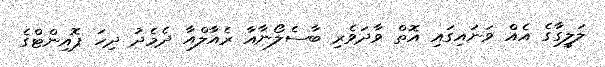
ލަލީގާގެ އެއް ވަނައިގައި އޮތް ވާދަވެރި ބާސެލޯނާއާ ރެއާލްއާ ދެމެދު ދިހަ ޕޮއިންޓްގެ